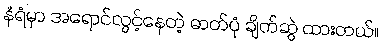
နံရံမှာ အရောင်လွင့်နေတဲ့ ဓာတ်ပုံ ချိတ်ဆွဲ ထားတယ်။